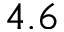
4 . 6